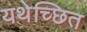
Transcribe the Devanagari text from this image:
यथेच्छित